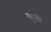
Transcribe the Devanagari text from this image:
कुवी